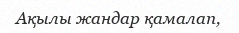
Ақылы жандар қамалап,